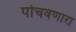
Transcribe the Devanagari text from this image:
पोचवणारा